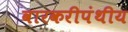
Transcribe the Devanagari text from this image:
वारकरीपंथीय